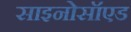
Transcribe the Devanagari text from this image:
साइनोसॉएड